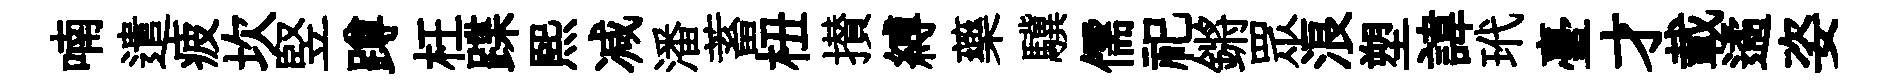
喃遣疲坎竪蹲枉蹀熙减潘蓄杻攅縛藥驥儒祀鏘眾浪塑諱玳臺才載遹姿